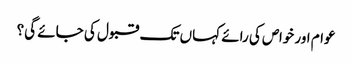
عوام اور خواص کی رائے کہاں تک قبول کی جائے گی؟